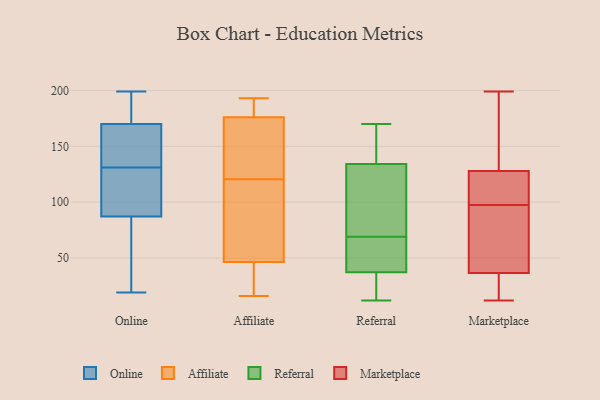
{"axis": {"x": "Net Income (USD K)", "y": "Value"}, "legend": ["Affiliate", "Marketplace", "Online", "Referral"], "data": [{"x": "", "y": 106, "type": "Online"}, {"x": "", "y": 19, "type": "Online"}, {"x": "", "y": 131, "type": "Online"}, {"x": "", "y": 177, "type": "Online"}, {"x": "", "y": 199, "type": "Online"}, {"x": "", "y": 137, "type": "Online"}, {"x": "", "y": 122, "type": "Online"}, {"x": "", "y": 60, "type": "Online"}, {"x": "", "y": 81, "type": "Online"}, {"x": "", "y": 149, "type": "Online"}, {"x": "", "y": 183, "type": "Online"}, {"x": "", "y": 166, "type": "Affiliate"}, {"x": "", "y": 34, "type": "Affiliate"}, {"x": "", "y": 48, "type": "Affiliate"}, {"x": "", "y": 191, "type": "Affiliate"}, {"x": "", "y": 178, "type": "Affiliate"}, {"x": "", "y": 174, "type": "Affiliate"}, {"x": "", "y": 97, "type": "Affiliate"}, {"x": "", "y": 45, "type": "Affiliate"}, {"x": "", "y": 193, "type": "Affiliate"}, {"x": "", "y": 135, "type": "Affiliate"}, {"x": "", "y": 106, "type": "Affiliate"}, {"x": "", "y": 96, "type": "Affiliate"}, {"x": "", "y": 16, "type": "Affiliate"}, {"x": "", "y": 172, "type": "Affiliate"}, {"x": "", "y": 38, "type": "Affiliate"}, {"x": "", "y": 188, "type": "Affiliate"}, {"x": "", "y": 146, "type": "Referral"}, {"x": "", "y": 138, "type": "Referral"}, {"x": "", "y": 69, "type": "Referral"}, {"x": "", "y": 12, "type": "Referral"}, {"x": "", "y": 127, "type": "Referral"}, {"x": "", "y": 39, "type": "Referral"}, {"x": "", "y": 32, "type": "Referral"}, {"x": "", "y": 62, "type": "Referral"}, {"x": "", "y": 135, "type": "Referral"}, {"x": "", "y": 84, "type": "Referral"}, {"x": "", "y": 29, "type": "Referral"}, {"x": "", "y": 43, "type": "Referral"}, {"x": "", "y": 170, "type": "Referral"}, {"x": "", "y": 69, "type": "Referral"}, {"x": "", "y": 134, "type": "Referral"}, {"x": "", "y": 67, "type": "Referral"}, {"x": "", "y": 25, "type": "Referral"}, {"x": "", "y": 199, "type": "Marketplace"}, {"x": "", "y": 29, "type": "Marketplace"}, {"x": "", "y": 110, "type": "Marketplace"}, {"x": "", "y": 116, "type": "Marketplace"}, {"x": "", "y": 43, "type": "Marketplace"}, {"x": "", "y": 85, "type": "Marketplace"}, {"x": "", "y": 40, "type": "Marketplace"}, {"x": "", "y": 134, "type": "Marketplace"}, {"x": "", "y": 28, "type": "Marketplace"}, {"x": "", "y": 33, "type": "Marketplace"}, {"x": "", "y": 116, "type": "Marketplace"}, {"x": "", "y": 56, "type": "Marketplace"}, {"x": "", "y": 65, "type": "Marketplace"}, {"x": "", "y": 136, "type": "Marketplace"}, {"x": "", "y": 33, "type": "Marketplace"}, {"x": "", "y": 122, "type": "Marketplace"}, {"x": "", "y": 163, "type": "Marketplace"}, {"x": "", "y": 145, "type": "Marketplace"}, {"x": "", "y": 12, "type": "Marketplace"}, {"x": "", "y": 113, "type": "Marketplace"}]}